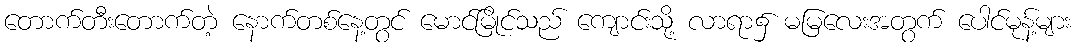
တောက်တီးတောက်တဲ့ နောက်တစ်နေ့တွင် မောင်မြိုင်သည် ကျောင်းသို့ လာရာ၌ မမြလေးအတွက် ပေါင်မုန့်များ